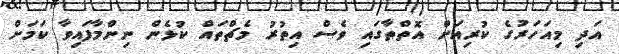
އަދި މިއަހަރުގެ ކުރިއަށް އޮތްތާގައި ވެސް އިތުރު މެޗްތައް ކުޅެން ނިންމާފައިވާ ކަމަށް